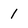
Character: 1